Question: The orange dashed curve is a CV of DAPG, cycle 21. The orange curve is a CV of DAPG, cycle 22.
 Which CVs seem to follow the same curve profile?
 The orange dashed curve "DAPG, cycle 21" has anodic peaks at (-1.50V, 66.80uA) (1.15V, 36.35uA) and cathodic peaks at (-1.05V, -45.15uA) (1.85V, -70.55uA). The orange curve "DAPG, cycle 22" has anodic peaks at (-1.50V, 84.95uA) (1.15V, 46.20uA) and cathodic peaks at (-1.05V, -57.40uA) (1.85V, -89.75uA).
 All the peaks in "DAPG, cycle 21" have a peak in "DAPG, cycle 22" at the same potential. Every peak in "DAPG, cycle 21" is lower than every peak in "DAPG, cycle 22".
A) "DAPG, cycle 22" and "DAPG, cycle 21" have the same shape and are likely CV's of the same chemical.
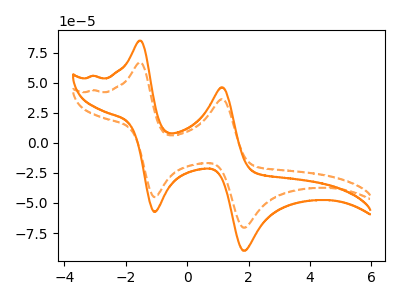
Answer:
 <answer>A) "DAPG, cycle 22" and "DAPG, cycle 21" have the same shape and are likely CV's of the same chemical.</answer>
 <eval>A</eval>